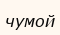
чумой